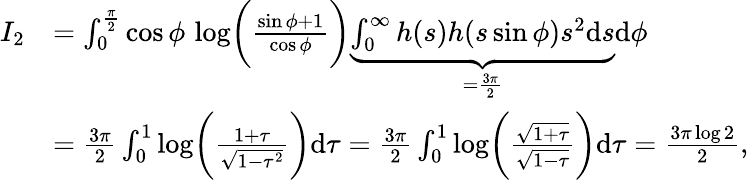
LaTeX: \begin{array}{rl}{I_{2}}&{=\int_{0}^{\frac{\pi}{2}}\cos\phi\, \log\biggr(\frac{\sin\phi+1}{\cos\phi}\biggr)\underbrace{\int_{0}^{\infty}h(s)h(s\sin\phi)s^{2}\mathrm{d}s}_{=\frac{3\pi}{2}}\mathrm{d}\phi}\\ &{=\frac{3\pi}{2}\int_{0}^{1}\log\biggr(\frac{1+\tau}{\sqrt{1-\tau^{2}}}\biggr)\mathrm{d}\tau=\frac{3\pi}{2}\int_{0}^{1}\log\biggr(\frac{\sqrt{1+\tau}}{\sqrt{1-\tau}}\biggr)\mathrm{d}\tau=\frac{3\pi\log 2}{2},}\end{array}